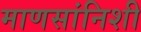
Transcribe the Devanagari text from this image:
माणसांनिशी